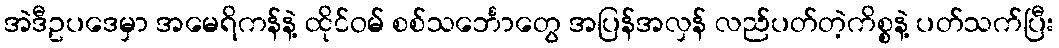
အဲဒီဥပဒေမှာ အမေရိကန်နဲ့ ထိုင်ဝမ် စစ်သင်္ဘောတွေ အပြန်အလှန် လည်ပတ်တဲ့ကိစ္စနဲ့ ပတ်သက်ပြီး